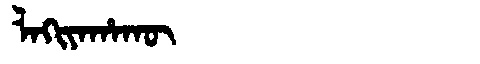
Manchu: ᠯᠠᡴᡳᠶᠠᡥᠠᡴᡡ
Romanization: LAKIYAHAKŪ